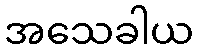
အသေခါယ